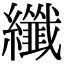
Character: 纖